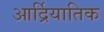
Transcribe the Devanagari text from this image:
आर्द्रियातिक